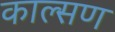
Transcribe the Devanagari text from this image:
काल्सण